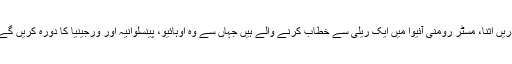
دریں اثنا، مسٹر رومنی آئیوا میں ایک ریلی سے خطاب کرنے والے ہیں جہاں سے وہ اوہائیو، پینسلوانیہ اور ورجینیا کا دورہ کریں گے۔